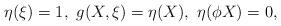
LaTeX: \begin{align*}\eta(\xi) = 1,\ g(X,\xi) = \eta(X),\ \eta(\phi X) = 0,\end{align*}